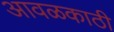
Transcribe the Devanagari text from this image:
आवळकाठी